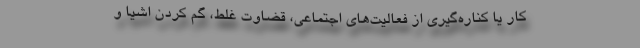
کار یا کناره‌گیری از فعالیت‌های اجتماعی، قضاوت غلط، گم کردن اشیا و